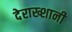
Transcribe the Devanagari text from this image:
देराख्शानी